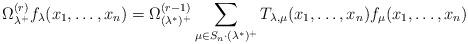
LaTeX: \begin{align*}\Omega^{(r)}_{\lambda^+}f_{\lambda}(x_1,\dots,x_n)=\Omega^{(r-1)}_{(\lambda^*)^+}\sum_{\mu\in S_n\cdot (\lambda^{*})^{+}}T_{\lambda,\mu}(x_1,\dots,x_n) f_{\mu}(x_1,\dots,x_n) \end{align*}